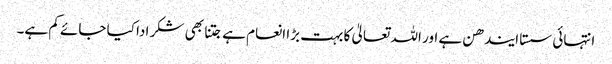
انتہائی سستا ایندھن ہے اور اللہ تعالیٰ کا بہت بڑا انعام ہے جتنا بھی شکر ادا کیا جائے کم ہے۔